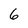
Character: 6